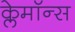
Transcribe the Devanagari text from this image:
क्लेमॉन्स